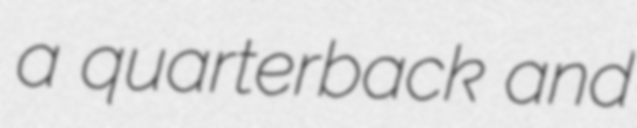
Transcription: a quarterback and